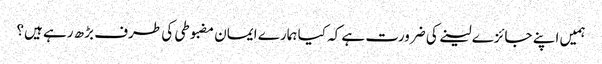
ہمیں اپنے جائزے لینے کی ضرورت ہے کہ کیا ہمارے ایمان مضبوطی کی طرف بڑھ رہے ہیں؟